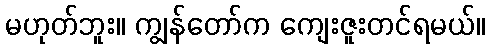
မဟုတ်ဘူး။ ကျွန်တော်က ကျေးဇူးတင်ရမယ်။